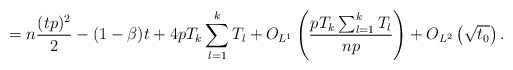
\begin{align*} = n\frac{(tp)^2}{2} -(1 - \beta) t+ 4p T_k \sum_{l=1}^k T_l + O_{L^1}\left( \frac{pT_k\sum_{l=1}^kT_l }{np}\right) + O_{L^2}\left( \sqrt{ t_0}\right).\end{align*}